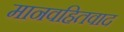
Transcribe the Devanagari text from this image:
मानवहितवाद